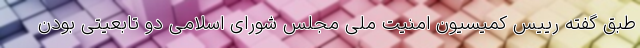
طبق گفته رییس کمیسیون امنیت ملی مجلس شورای اسلامی دو تابعیتی بودن